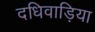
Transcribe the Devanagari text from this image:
दधिवाड़िया